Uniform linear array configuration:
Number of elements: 48
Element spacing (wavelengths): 0.5
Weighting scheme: blackman
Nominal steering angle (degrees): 15
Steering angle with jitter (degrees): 14.387
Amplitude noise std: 0.05
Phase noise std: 0.05

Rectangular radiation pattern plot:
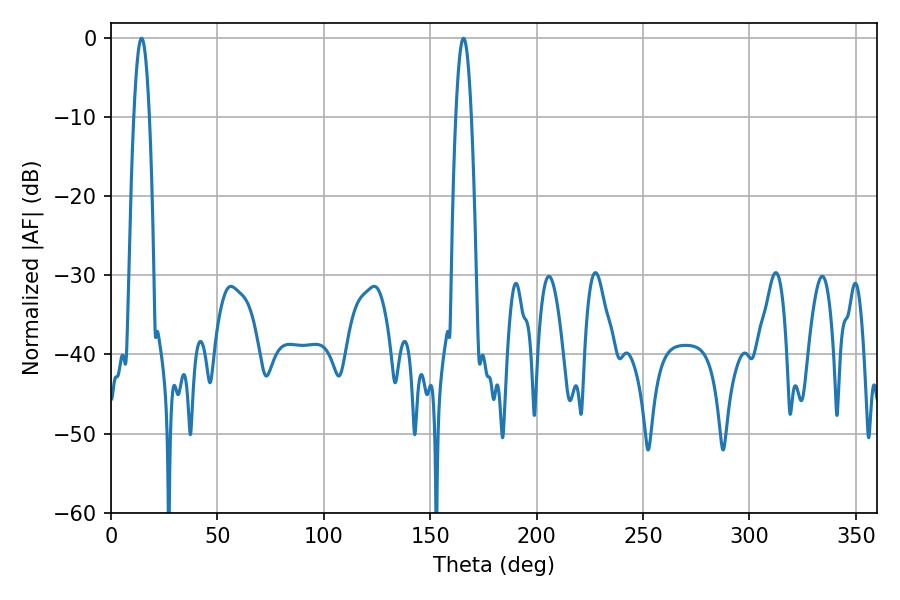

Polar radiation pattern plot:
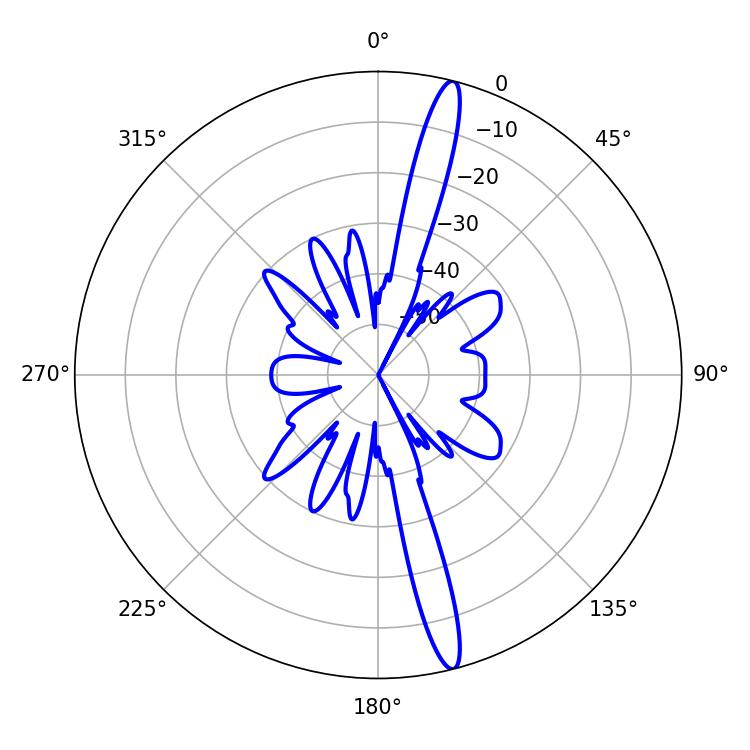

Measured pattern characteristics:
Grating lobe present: FALSE
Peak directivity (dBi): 17.251
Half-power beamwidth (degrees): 3.96
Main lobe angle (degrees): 14.4